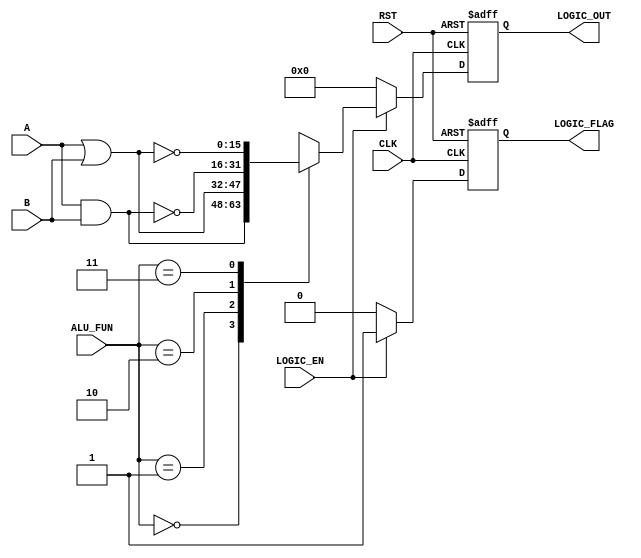
module LOGIC_UNIT #(parameter IN_DATA_WD = 16,
                    OUT_WD = IN_DATA_WD)(
input wire [IN_DATA_WD-1:0] A,B,
input wire                  CLK,RST,
input wire                  LOGIC_EN,
input wire  [1:0]           ALU_FUN,
output reg [OUT_WD-1:0]     LOGIC_OUT,
output reg                  LOGIC_FLAG);

always @(posedge CLK or negedge RST)
  begin
    if(!RST)
      begin
        LOGIC_OUT<=0;
        LOGIC_FLAG<=0;
      end
    else if (LOGIC_EN)
      begin
        LOGIC_FLAG<=1;
        case(ALU_FUN)
          2'b00:LOGIC_OUT<=A&B;
          2'b01:LOGIC_OUT<=A|B;
          2'b10:LOGIC_OUT<=~(A&B);
          2'b11:LOGIC_OUT<=~(A|B);
        endcase
      end
    else
      begin
        LOGIC_OUT<=0;
        LOGIC_FLAG<=0;
      end
  end
  
endmodule